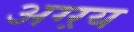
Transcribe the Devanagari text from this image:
अग्ऱय